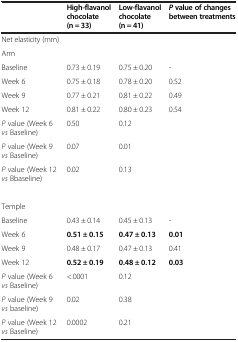
<table><thead><tr><td><b> </b></td><td><b>High-flavanol chocolate (n = 33)</b></td><td><b>Low-flavanol chocolate (n = 41)</b></td><td><b><i>P </i>value of changes between treatments</b></td></tr></thead><tbody><tr><td>Net elasticity (mm)</td><td> </td><td> </td><td> </td></tr><tr><td>Arm</td><td> </td><td> </td><td> </td></tr><tr><td>Baseline</td><td>0.73 ± 0.19</td><td>0.75 ± 0.20</td><td>-</td></tr><tr><td>Week 6</td><td>0.75 ± 0.18</td><td>0.78 ± 0.20</td><td>0.52</td></tr><tr><td>Week 9</td><td>0.77 ± 0.21</td><td>0.81 ± 0.22</td><td>0.49</td></tr><tr><td>Week 12</td><td>0.81 ± 0.22</td><td>0.80 ± 0.23</td><td>0.54</td></tr><tr><td><i>P</i> value (Week 6 <i>vs</i> Baseline)</td><td>0.50</td><td>0.12</td><td> </td></tr><tr><td><i>P</i> value (Week 9 <i>vs</i> Baseline)</td><td>0.07</td><td>0.01</td><td> </td></tr><tr><td><i>P</i> value (Week 12 <i>vs</i> Bbaseline)</td><td>0.02</td><td>0.13</td><td> </td></tr><tr><td> </td><td> </td><td> </td><td> </td></tr><tr><td>Temple</td><td> </td><td> </td><td> </td></tr><tr><td>Baseline</td><td>0.43 ± 0.14</td><td>0.45 ± 0.13</td><td>-</td></tr><tr><td>Week 6</td><td><b>0.51 ± 0.15</b></td><td><b>0.47 ± 0.13</b></td><td><b>0.01</b></td></tr><tr><td>Week 9</td><td>0.48 ± 0.17</td><td>0.47 ± 0.13</td><td>0.41</td></tr><tr><td>Week 12</td><td><b>0.52 ± 0.19</b></td><td><b>0.48 ± 0.12</b></td><td><b>0.03</b></td></tr><tr><td><i>P</i> value (Week 6 <i>vs</i> Baseline)</td><td>&lt;.0001</td><td>0.12</td><td> </td></tr><tr><td><i>P</i> value (Week 9 <i>vs</i> baseline)</td><td>0.02</td><td>0.38</td><td> </td></tr><tr><td><i>P</i> value (Week 12 <i>vs</i> Baseline)</td><td>0.0002</td><td>0.21</td><td> </td></tr></tbody></table>